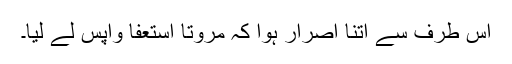
اس طرف سے اتنا اصرار ہوا کہ مروتاً استعفا واپس لے لیا۔